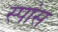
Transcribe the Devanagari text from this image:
स्पांस